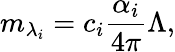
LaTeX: m_{\lambda_{i}}=c_{i}\frac{\alpha_{i}}{4\pi}\Lambda,